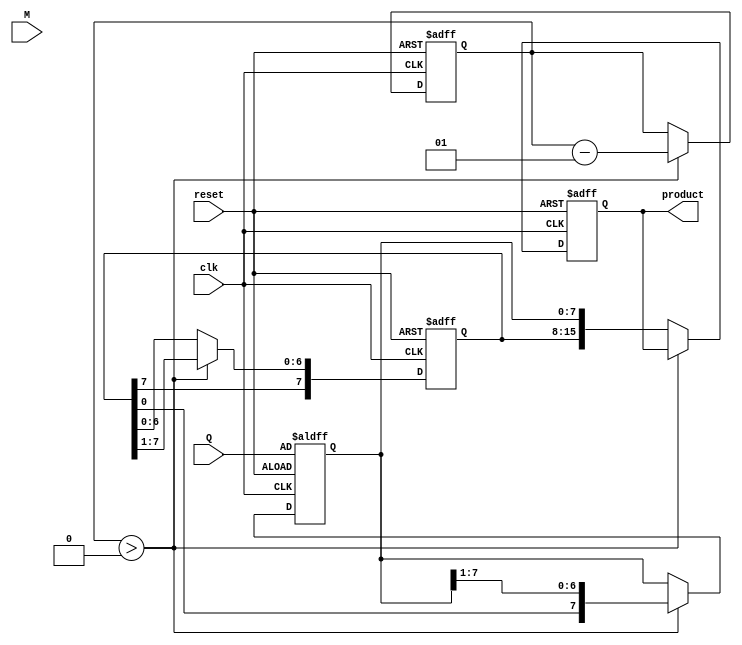
module booth_multiplier #(
    parameter N = 8 // Bit-width of the multiplicand and multiplier
)(
    input wire clk,
    input wire reset,
    input wire signed [N-1:0] M, // Multiplicand
    input wire signed [N-1:0] Q, // Multiplier
    output reg signed [2*N-1:0] product // Product output
);

    reg signed [N-1:0] A; // Accumulator
    reg [N-1:0] Q_reg; // Multiplier register
    reg Q_1; // Previous bit
    integer count; // Iteration counter

    // State machine for Booth's algorithm
    always @(posedge clk or posedge reset) begin
        if (reset) begin
            A <= 0;
            Q_reg <= Q;
            Q_1 <= 0;
            product <= 0;
            count <= N; // Set count to N iterations
        end else if (count > 0) begin
            case ({Q_reg[0], Q_1})
                2'b00: begin
                    // No operation
                end
                2'b01: begin
                    // A = A + M
                    A <= A + M;
                end
                2'b10: begin
                    // A = A - M
                    A <= A - M;
                end
                2'b11: begin
                    // No operation
                end
            endcase
            
            // Arithmetic right shift
            {A, Q_reg} <= {A[N-1], A, Q_reg} >> 1; // Shift A and Q together, preserving sign bit of A
            
            // Update previous bit
            Q_1 <= Q_reg[0];
            
            // Decrement count
            count <= count - 1;
        end else begin
            // Final product is in {A, Q_reg}
            product <= {A, Q_reg};
        end
    end
endmodule